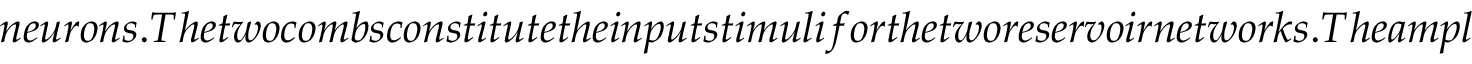
n e u r o n s . T h e t w o c o m b s c o n s t i t u t e t h e i n p u t s t i m u l i f o r t h e t w o r e s e r v o i r n e t w o r k s . T h e a m p l i t u d e o f e a c h l i n e d e t e r m i n e s h o w s t r o n g l y t h e i n p u t s i g n a l i s c o u p l e d t o t h e p a r t i c u l a r n e u r o n e n c o d e d i n t h a t l i n e . H e n c e , t h e d i s t r i b u t i o n o f ( c o m p l e x ) a m p l i t u d e s a m o n g t h e c o m b l i n e s d e f i n e s t h e t w o v e c t o r s o f i n p u t - t o - r e s e r v o i r w e i g h t s ,